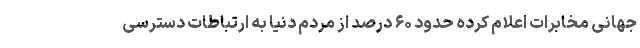
جهانی مخابرات اعلام کرده حدود ۶۰ درصد از مردم دنیا به ارتباطات دسترسی